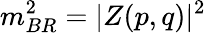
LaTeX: m_{BR}^{2}=\vert{Z(p,q)}\vert^{2}